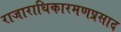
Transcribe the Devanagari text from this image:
राजाराधिकारमणप्रसाद